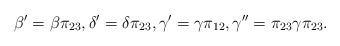
LaTeX: \begin{align*} \beta' = \beta \pi_{23}, \delta' = \delta \pi_{23}, \gamma' = \gamma \pi_{12}, \gamma'' = \pi_{23} \gamma \pi_{23}.\end{align*}